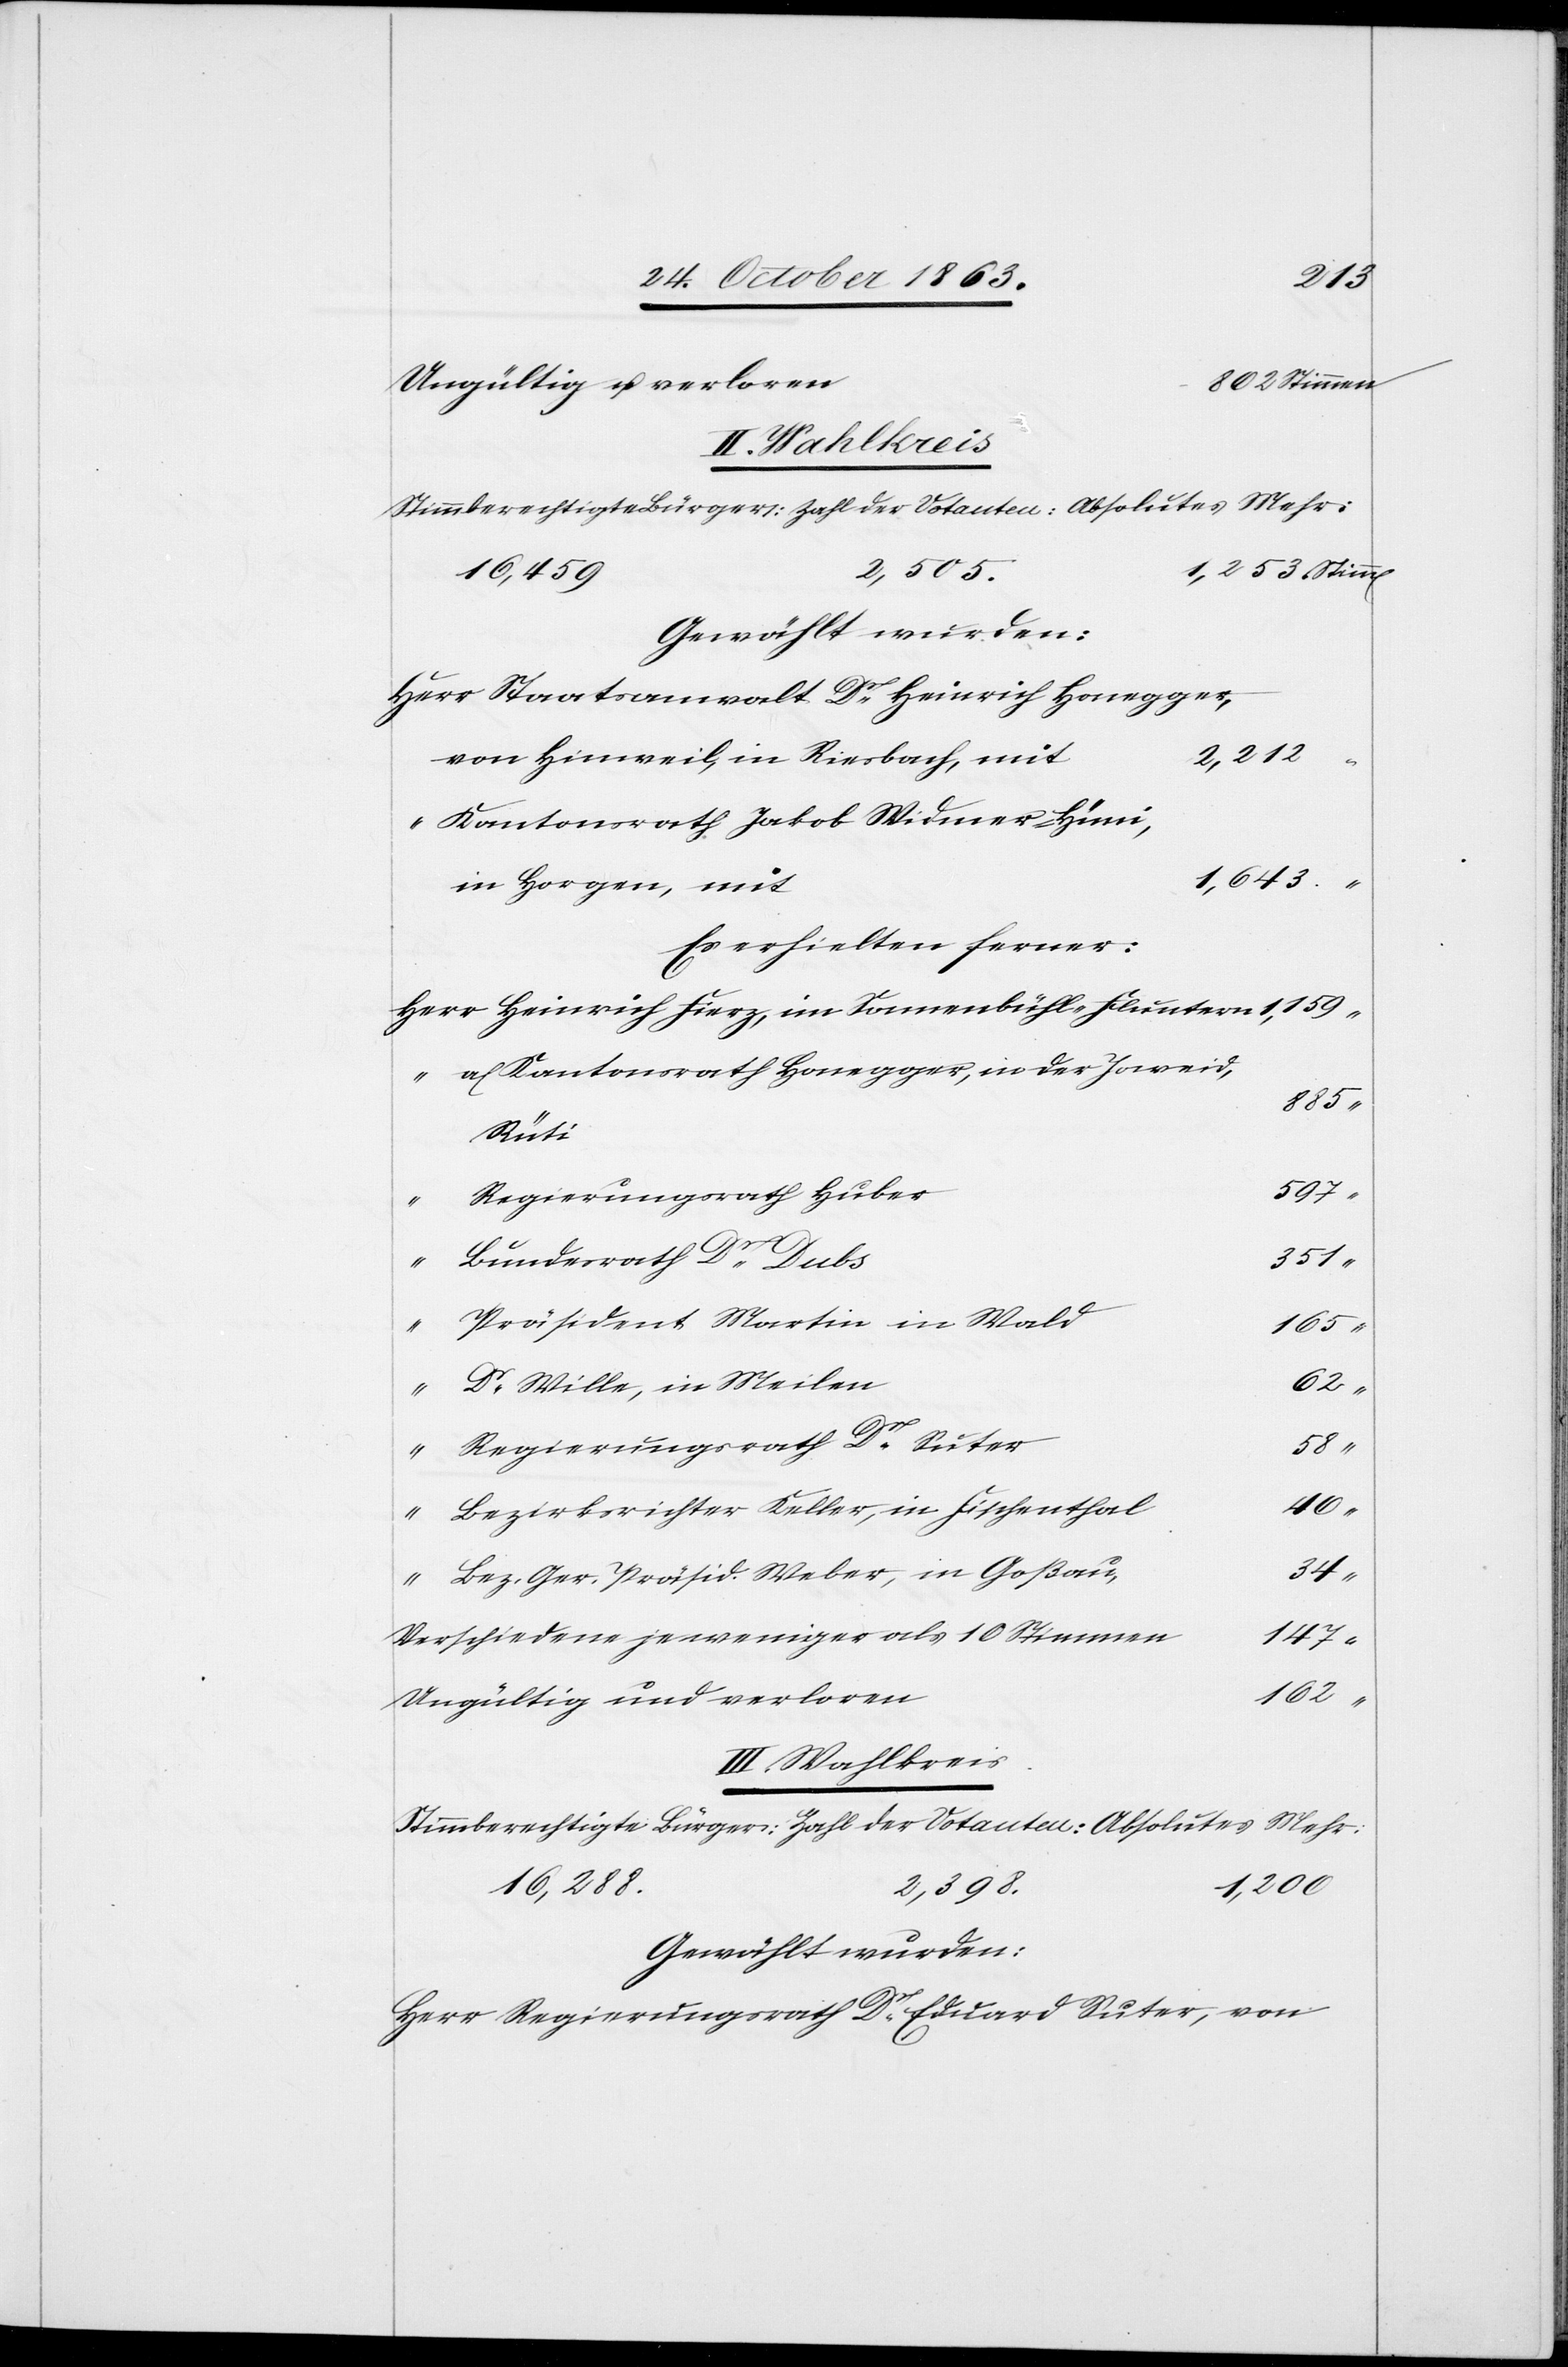
Suter,
Ungültig u. verloren
1,159
Gewählt wurden:
2,212
von Hinweil, in Riesbach, mit
Kantonsrath Jakob Widmer-Hüni,
1,643
in Horgen, mit
Es erhielten ferner:
a/Kantonsrath Honegger, in der Joweid,
885
Regierungsrath Dr
Bundesrath Dr Dubs
Präsident Martin in Wald
165
Dr Wille, in Meilen
62
“
Regierungsrath Dr Suter
58
Bezirksrichter Keller in Fischenthal
40
Bez. Ger. Präsid. Weber, in Goßau,
Verschiedene je weniger als 10 Stimmen
147
Ungültig und verloren
III. Wahlkreis
Stimmberechtigte Bürger:	Zahl der Votanten:	Absolutes Mehr: